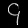
Digit: ၄